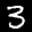
Label: 3